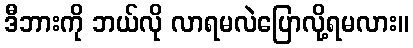
ဒီဘားကို ဘယ်လို လာရမလဲပြောလို့ရမလား။